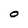
Character: 0